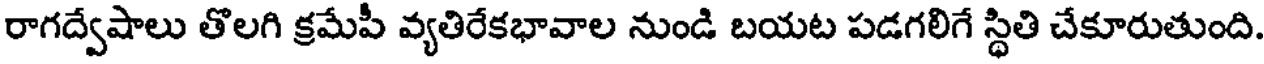
రాగద్వేషాలు తొలగి క్రమేపీ వ్యతిరేకభావాల నుండి బయట పడగలిగే స్థితి చేకూరుతుంది